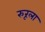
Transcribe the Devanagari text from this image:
रुरूला